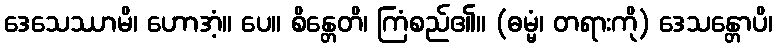
ဒေသေဿာမိ၊ ဟောအံ့။ ပေ။ စိန္တေတိ၊ ကြံစည်၏။ (ဓမ္မံ၊ တရားကို) ဒေသန္တောပိ၊